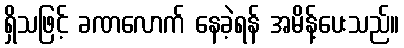
ရှိသဖြင့် ခဏလောက် နေခဲ့ရန် အမိန့်ပေးသည်။